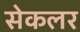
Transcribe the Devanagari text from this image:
सेकलर